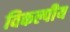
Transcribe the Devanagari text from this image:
विकल्पीय